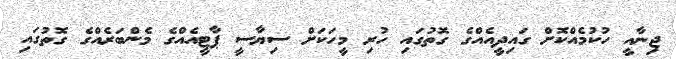
ޖިނާއީ ހުކުމެއްކޮށް ގައިދީއެއްގެ ގޮތުގައި ހުރި މީހަަކަށް ސިޔާސީ ޕާޓީއެއްގެ މެންބަރެއްގެ ގޮތުގައި